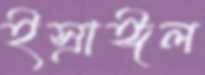
ইস্রাঈল